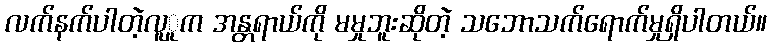
လက်နက်ပါတဲ့လူူက အန္တရာယ်ကို မမှုဘူးဆိုတဲ့ သဘောသက်ရောက်မှုရှိပါတယ်။